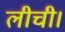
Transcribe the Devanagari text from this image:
लीची।